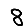
Digit: 8